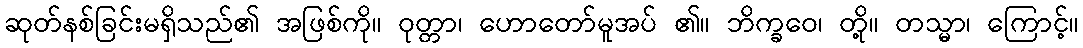
ဆုတ်နစ်ခြင်းမရှိသည်၏ အဖြစ်ကို။ ဝုတ္တာ၊ ဟောတော်မူအပ် ၏။ ဘိက္ခဝေ၊ တို့။ တသ္မာ၊ ကြောင့်။